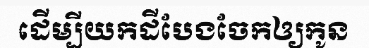
ដើម្បីយកដីបែងចែកឲ្យកូន